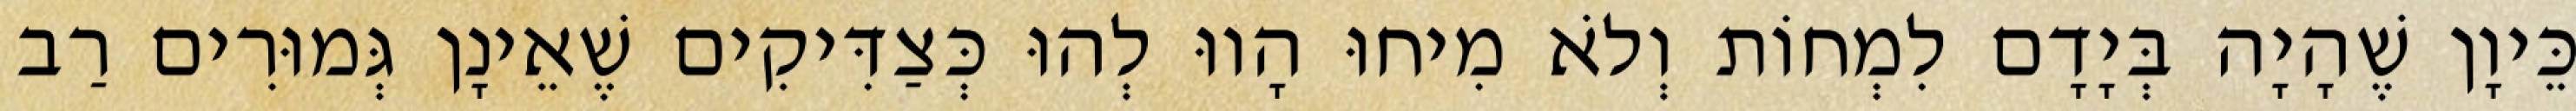
כֵּיוָן שֶׁהָיָה בְּיָדָם לִמְחוֹת וְלֹא מִיחוּ הָווּ לְהוּ כְּצַדִּיקִים שֶׁאֵינָן גְּמוּרִים רַב